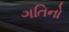
ગતિનો